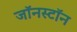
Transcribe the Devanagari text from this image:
जॉनस्टॉन